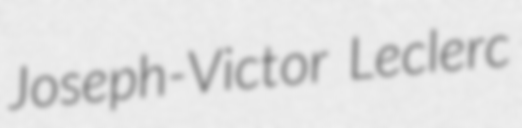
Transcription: Joseph-Victor Leclerc